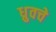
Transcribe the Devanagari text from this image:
ध्रुवचे